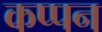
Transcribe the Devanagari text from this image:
कप्पन